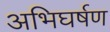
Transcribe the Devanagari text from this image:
अभिघर्षण